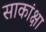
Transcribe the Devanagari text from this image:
साकांक्षा